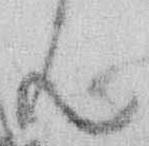
ん